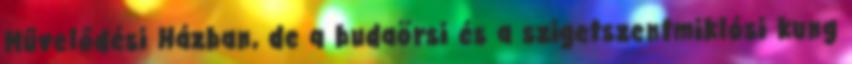
Művelődési Házban, de a budaörsi és a szigetszentmiklósi kung